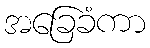
အခြေခံကာ